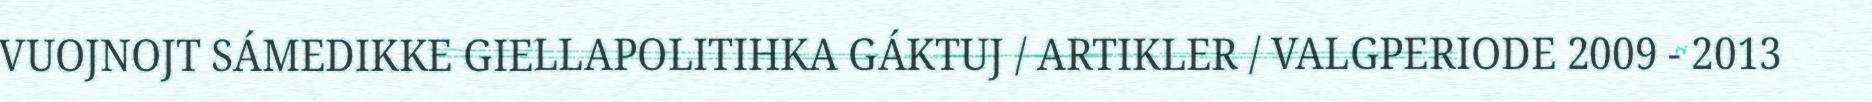
VUOJNOJT SÁMEDIKKE GIELLAPOLITIHKA GÁKTUJ / ARTIKLER / VALGPERIODE 2009 - 2013